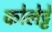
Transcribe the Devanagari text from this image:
कोलेट्टे